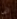
انى